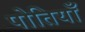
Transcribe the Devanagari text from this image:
पोतियाँ